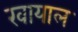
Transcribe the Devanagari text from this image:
खायाल